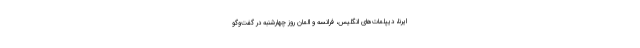
ایرنا، دیپلمات‌های انگلیس، فرانسه و المان روز چهارشنبه در گفت‌وگو